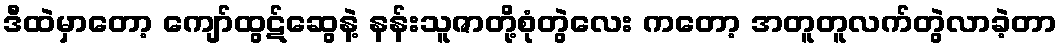
ဒီထဲမှာတော့ ကျော်ထွဋ်ဆွေနဲ့ နန်းသူဇာတို့စုံတွဲလေး ကတော့ အတူတူလက်တွဲလာခဲ့တာ